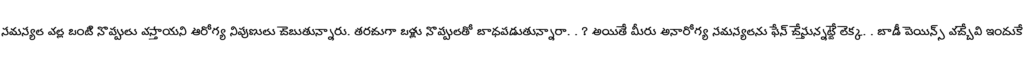
సమస్యల వల్ల ఒంటి నొప్పులు వస్తాయని ఆరోగ్య నిపుణులు చెబుతున్నారు. తరచుగా ఒళ్లు నొప్పులతో బాధపడుతున్నారా. . ? అయితే మీరు అనారోగ్య సమస్యలను ఫేస్ చేస్తున్నట్టే లెక్క. . బాడీ పెయిన్స్ వచ్చేవి ఇందుకే